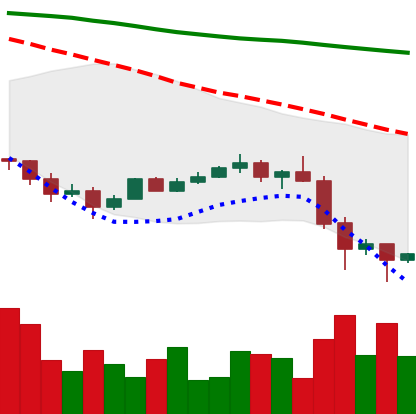
Ticker: TRX-USD
Chart end date: 2022-01-25
Forward return: 5.117%
Label: up_5_7